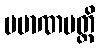
ပမာဏမတ္ထိ